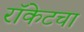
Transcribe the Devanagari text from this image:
रॉकेटचा